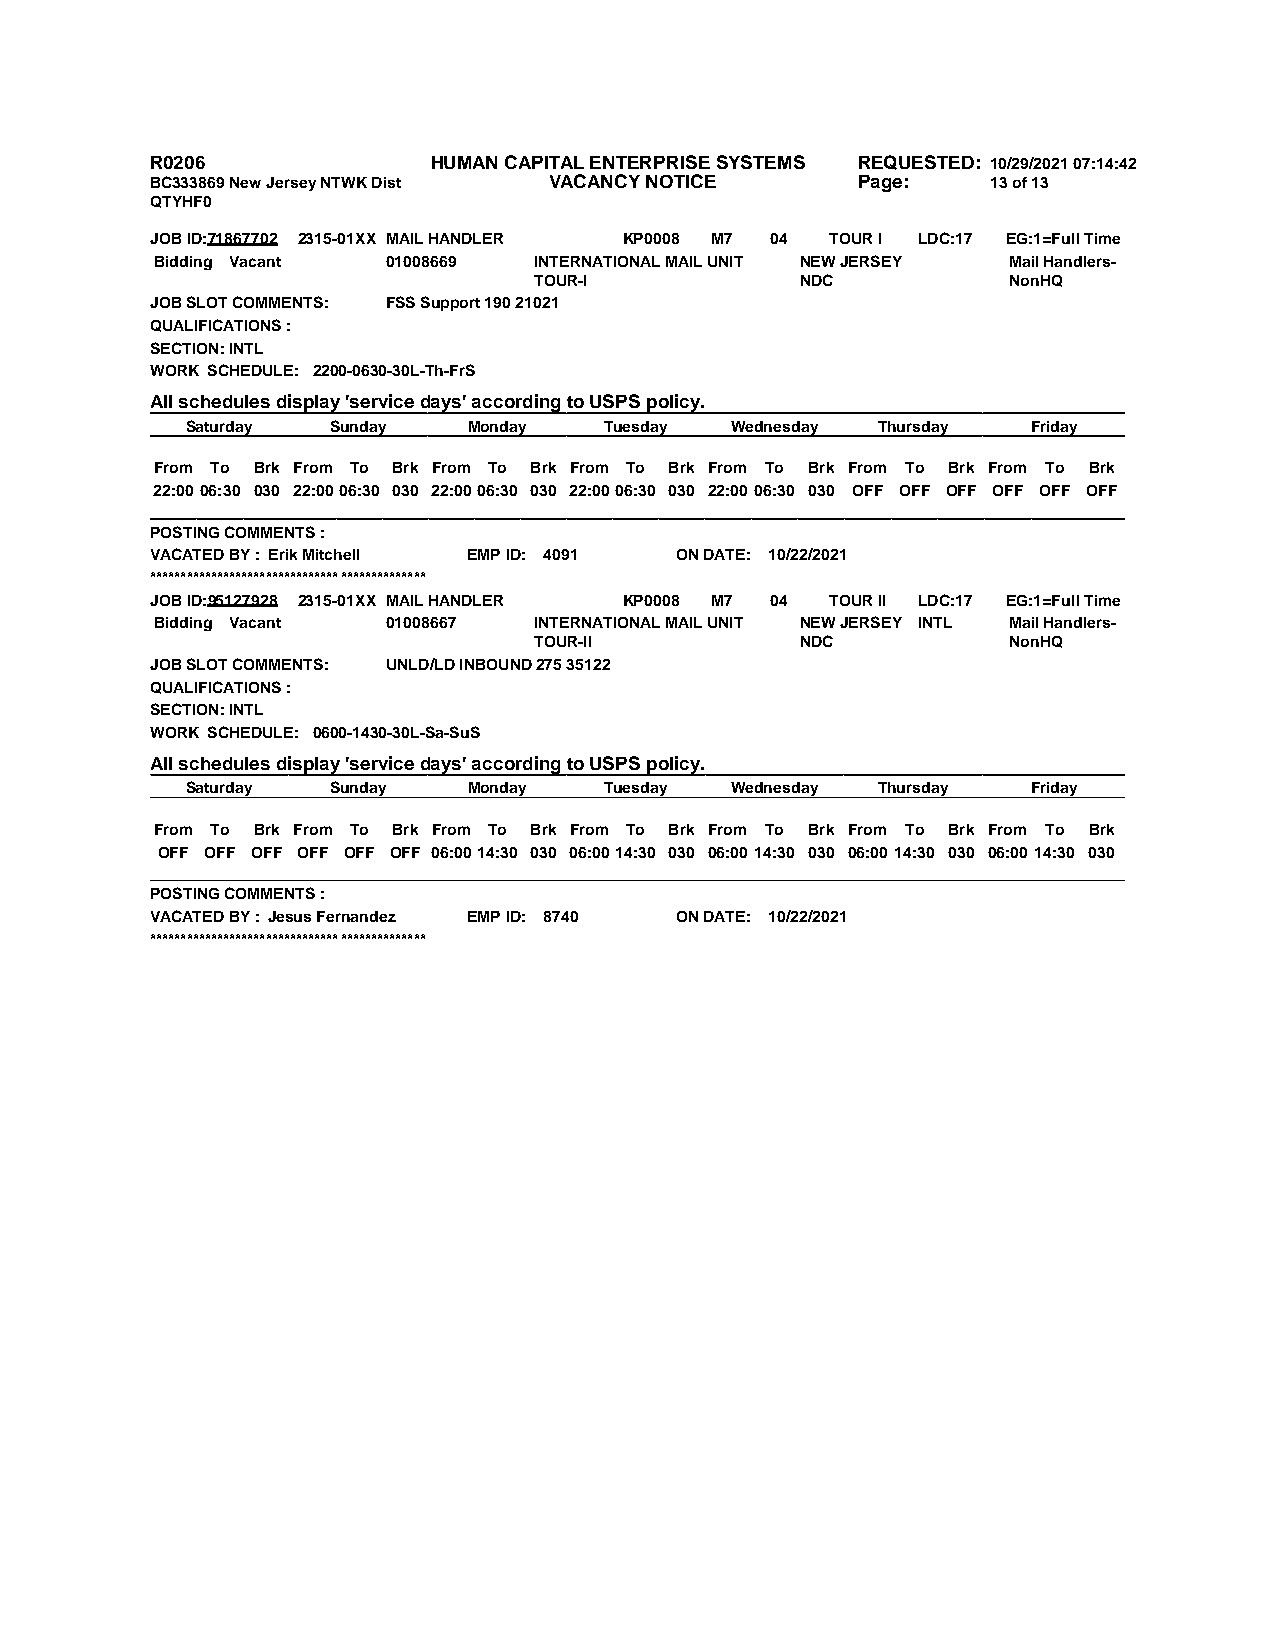
R0206              HUMAN CAPITAL ENTERPRISE SYSTEMS REQUESTED: 10/29/2021 07:14:42
 BC333869 New Jersey NTWK Dist VACANCY NOTICE   Page:    13 of 13
 QTYHF0
 JOB ID:71867702 2315-01XX MAIL HANDLER KP0008 M7 04 TOUR I LDC:17 EG:1=Full Time
 Bidding Vacant  01008669 INTERNATIONAL MAIL UNIT NEW JERSEY Mail Handlers-
 TOUR-I            NDC           NonHQ
 JOB SLOT COMMENTS: FSS Support 190 21021
 QUALIFICATIONS :
 SECTION: INTL
 WORK SCHEDULE: 2200-0630-30L-Th-FrS
 All schedules display 'service days' according to USPS policy.
 Saturday  Sunday   Monday   Tuesday Wednesday Thursday  Friday
 From To Brk From To Brk From To Brk From To Brk From To Brk From To Brk From To Brk
 22:00 06:30 030 22:0006:30 030 22:0006:30 030 22:0006:30 030 22:00 06:30 030 OFF OFF OFF OFF OFF OFF
 POSTING COMMENTS :
 VACATED BY : Erik Mitchell EMP ID: 4091 ON DATE: 10/22/2021
 *********************************************
 JOB ID:95127928 2315-01XX MAIL HANDLER KP0008 M7 04 TOUR II LDC:17 EG:1=Full Time
 Bidding Vacant  01008667 INTERNATIONAL MAIL UNIT NEW JERSEY INTL Mail Handlers-
 TOUR-II           NDC           NonHQ
 JOB SLOT COMMENTS: UNLD/LD INBOUND 275 35122
 QUALIFICATIONS :
 SECTION: INTL
 WORK SCHEDULE: 0600-1430-30L-Sa-SuS
 All schedules display 'service days' according to USPS policy.
 Saturday  Sunday   Monday   Tuesday Wednesday Thursday  Friday
 From To Brk From To Brk From To Brk From To Brk From To Brk From To Brk From To Brk
 OFF OFF OFF OFF OFF OFF 06:0014:30 030 06:0014:30 030 06:00 14:30 030 06:00 14:30 030 06:00 14:30 030
 POSTING COMMENTS :
 VACATED BY : Jesus Fernandez EMP ID: 8740 ON DATE: 10/22/2021
 *********************************************